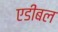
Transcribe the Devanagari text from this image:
एडीबल